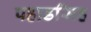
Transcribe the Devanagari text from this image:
पहाडसिह